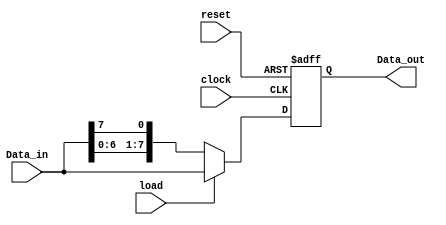
module barrel_shifter(Data_out, Data_in, load, clock, reset);
output reg [7:0] Data_out;
input [7:0] Data_in;
input load, clock, reset;

always @ (posedge reset or posedge clock)
if (reset == 1'b1) Data_out <= 8'b0000_0000;
else if (load == 1'b1) Data_out <= Data_in;
else Data_out = {Data_in[6:0], Data_in[7]};
endmodule